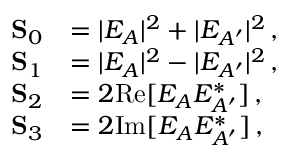
\begin{array} { r l } { \mathbf { S } _ { 0 } } & { = | E _ { A } | ^ { 2 } + | E _ { A ^ { \prime } } | ^ { 2 } \, , \phantom { Z Z Z Z } } \\ { \mathbf { S } _ { 1 } } & { = | E _ { A } | ^ { 2 } - | E _ { A ^ { \prime } } | ^ { 2 } \, , } \\ { \mathbf { S } _ { 2 } } & { = 2 \mathrm { R e } [ E _ { A } E _ { A ^ { \prime } } ^ { \ast } ] \, , } \\ { \mathbf { S } _ { 3 } } & { = 2 \mathrm { I m } [ E _ { A } E _ { A ^ { \prime } } ^ { \ast } ] \, , } \end{array}